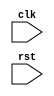
module synchronous_reset (
    input wire clk,
    input wire rst,
    // other input/output ports
);

// Behavioral modeling block for synchronous reset
always @ (posedge rst)
begin
    // Behavior to occur on positive edge of rst signal
    // Insert your code here
end

// Other RTL code for the module

endmodule